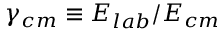
\gamma _ { c m } \equiv E _ { l a b } / E _ { c m }